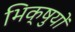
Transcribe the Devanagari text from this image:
भिक्षुयों